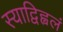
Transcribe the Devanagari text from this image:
स्याद्विह्वलं